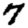
Digit: 7